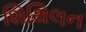
શિથિલન